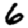
Digit: 6